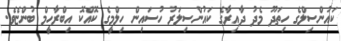
ކައުންސިލްގެ ހިތަދޫ މެދު ދާއިރާގެ ކައުންސިލަރު ހުސައިން ހިލްމީގެ ކޮއްކޮ އިބްރާހީމް ބުންޏެވެ.